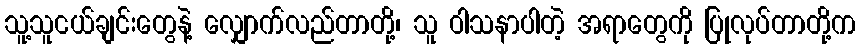
သူ့သူငယ်ချင်းတွေနဲ့ လျှောက်လည်တာတို့၊ သူ ဝါသနာပါတဲ့ အရာတွေကို ပြုလုပ်တာတို့က